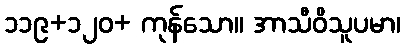
၁၁၉+၁၂၀+ ကုန်သော။ အာသီဝိသူပမာ၊